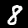
Digit: 8